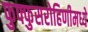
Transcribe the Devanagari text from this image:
फुफ्फुसरोहिणीमध्ये